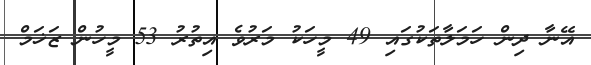
އޭނާ ދިން ހަމަލާތަކުގައި 49 މީހަކު މަރުވެ އިތުރު 53 މީހުން ޒަޚަމް